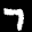
Label: 7